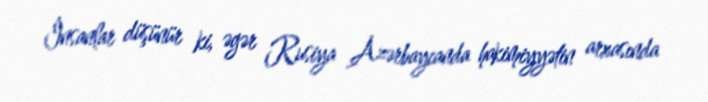
İnsanlar düşünür ki, əgər Rusiya Azərbaycanda hakimiyyətin arxasında